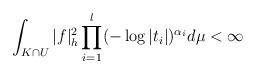
LaTeX: \begin{align*}\int_{K \cap U} |f|^2_h\prod_{i=1}^l(-\log |t_i|)^{\alpha_i} d\mu < \infty\end{align*}